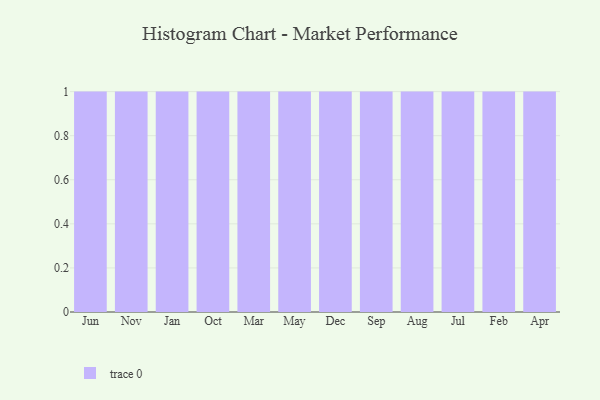
{"axis": {"x": "Month", "y": "Temperature (°C)"}, "legend": [""], "data": [{"x": "Jun", "y": 41, "type": ""}, {"x": "Nov", "y": 32, "type": ""}, {"x": "Jan", "y": 32, "type": ""}, {"x": "Oct", "y": 32, "type": ""}, {"x": "Mar", "y": 6, "type": ""}, {"x": "May", "y": 33, "type": ""}, {"x": "Dec", "y": 30, "type": ""}, {"x": "Sep", "y": 92, "type": ""}, {"x": "Aug", "y": 77, "type": ""}, {"x": "Jul", "y": 25, "type": ""}, {"x": "Feb", "y": 50, "type": ""}, {"x": "Apr", "y": 18, "type": ""}]}